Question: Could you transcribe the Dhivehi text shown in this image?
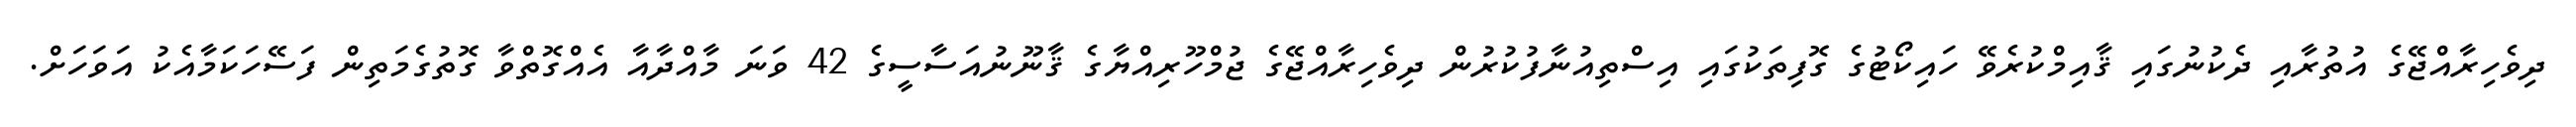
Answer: ދިވެހިރާއްޖޭގެ އުތުރާއި ދެކުނުގައި ޤާއިމްކުރެވޭ ހައިކޯޓުގެ ގޮފިތަކުގައި އިސްތިއުނާފުކުރުން ދިވެހިރާއްޖޭގެ ޖުމްހޫރިއްޔާގެ ޤާނޫނުއަސާސީގެ 42 ވަނަ މާއްދާއާ އެއްގޮތްވާ ގޮތުގެމަތިން ފަސޭހަކަމާއެކު އަވަހަށް.